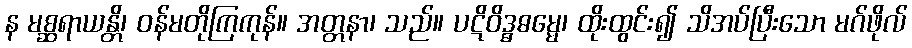
န မစ္ဆရာယန္တိ၊ ဝန်မတိုကြကုန်။ အတ္တနာ၊ သည်။ ပဋိဝိဒ္ဓဓမ္မေ၊ ထိုးထွင်း၍ သိအပ်ပြီးသော မဂ်ဖိုလ်